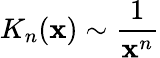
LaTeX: K_{n}(\mathbf{x})\sim\frac{{1}}{{\mathbf{x}^{n}}}